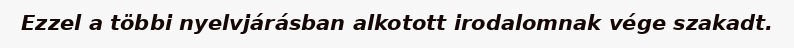
Ezzel a többi nyelvjárásban alkotott irodalomnak vége szakadt.